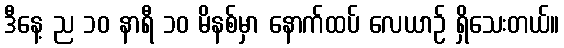
ဒီနေ့ ည ၁၀ နာရီ ၁၀ မိနစ်မှာ နောက်ထပ် လေယာဉ် ရှိသေးတယ်။